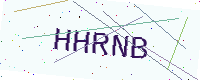
Text: HHRNB